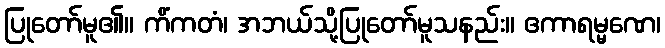
ပြုတော်မူ၏။ ကိံကတံ၊ အဘယ်သို့ပြုတော်မူသနည်း။ ဧကာရမ္မဏေ၊